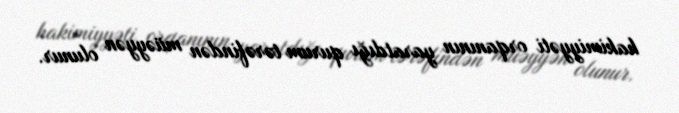
hakimiyyəti orqanının yaratdığı qurum tərəfindən müəyyən olunur.